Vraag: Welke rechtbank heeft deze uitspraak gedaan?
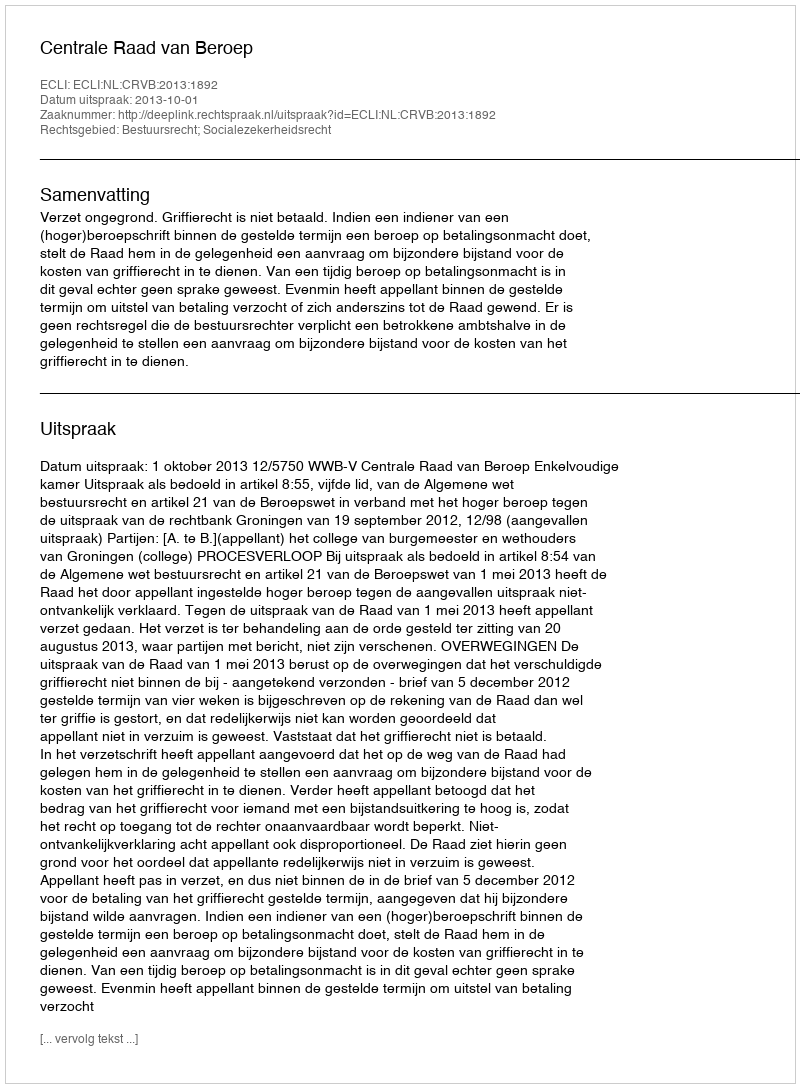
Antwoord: Centrale Raad van Beroep